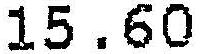
15.60